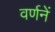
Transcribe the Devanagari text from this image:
वर्णनें